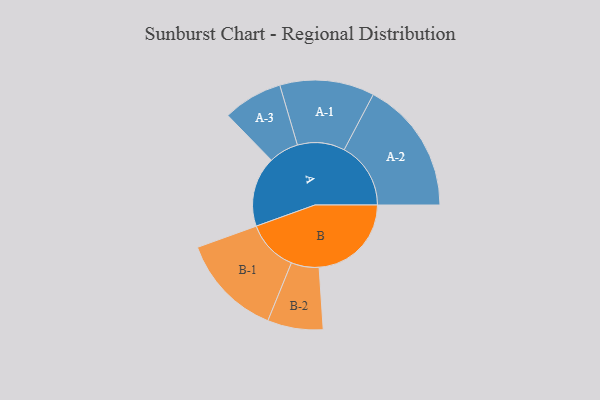
{"axis": {"x": "Segment", "y": "Value"}, "legend": ["", "A", "B"], "data": [{"x": "A", "y": 273, "type": ""}, {"x": "B", "y": 359, "type": ""}, {"x": "A-1", "y": 184, "type": "A"}, {"x": "A-2", "y": 259, "type": "A"}, {"x": "A-3", "y": 116, "type": "A"}, {"x": "B-1", "y": 200, "type": "B"}, {"x": "B-2", "y": 108, "type": "B"}]}